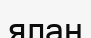
ялан